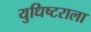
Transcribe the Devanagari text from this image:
युधिष्टराला